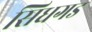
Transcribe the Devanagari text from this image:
सिधगड